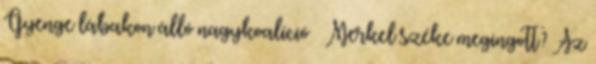
Gyenge lábakon álló nagykoalíció – Merkel széke megingott? Az